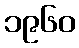
၁၉၆၀